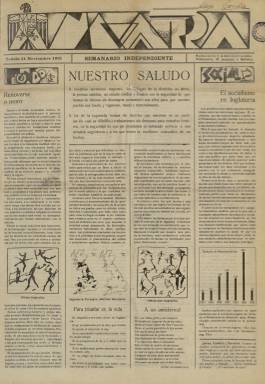
Título: Navarra (Tudela)
Colección: Periódicos
Ámbito geográfico: Navarra
Lugar de publicación: Tudela
Fechas: 14/11/1931-11/08/1934

Semanario de ideario conservador y católico editado durante los años de la II República en la comarca de la Ribera navarra que era redactado casi en su totalidad por los hermanos José María y Jesús Luis Iribarren. El primero de ellos, que tenía solo 25 años cuando nació la publicación, pasa en opinión de varios autores por ser el escritor navarro más leído y editado durante el siglo XX.

   La publicación tenía periodicidad semanal y su paginación nunca superó las 12 páginas. Muchos de los números sólo se editaron con cuatro páginas.

  El semanario contaba con ilustraciones realizadas en su mayoría por el propio José María Iribarren, quien además de escribir era dibujante. Sus viñetas y caricaturas contribuían a dar a la publicación un aire atrayente. Aparte de su contenido doctrinal y político, el periódico le sirvió a Iribarren para curtirse en el oficio de escritor. Escribió reportajes y artículos de costumbres o filológicos que fueron luego el tema de muchos de sus libros.

  En lo que respecta al aspecto político, en el primer número de 14 de noviembre de 1931 se puede leer lo que era la declaración de propósitos de la publicación: ‘Somos católicos y navarros y somos, además, jóvenes. Respondemos por lo tanto a ese clamor general: Gente nueva Procedimientos nuevos. Pero ello no quiere decir que no reclamemos la asistencia de cuantos pueden colaborar en nuestros empeños. Proclamemos la necesidad de una actuación popular, de una sana democracia encauzada y dirigida por minorías selectas y capacitadas a las que corresponde esa noble y elevada misión, a fin de evitar desbordamientos y extravíos funestos’.

   También hay en la portada un saludo a los colegas de la prensa católica y otro irónico a los de la izquierda, en la que se les advierte de que ‘trabajaremos sin descanso para restarles lectores, en la seguridad de que así prestamos un señalado servicio a sus actuales seguidores y a los que tienen la excelente costumbre de no leerles’.

     Durante el golpe de Estado de julio de 1936, Iribarren, que era licenciado en Derecho aparte de periodista, fue secretario particular del general Emilio Mola, el cabecilla del alzamiento en Navarra. Posteriormente fue alférez del Cuerpo Jurídico Militar.

  En 1970, al final de su vida, recordando sus artículos en el periódico Navarra, de Tudela, José María Iribarren reconocía con sinceridad: ‘Los compuse en los años de la República…en aquellos tiempos tan agitados por las luchas políticas mis breves desahogos literarios cayeron en el más hondo vacío y en la más absoluta indiferencia’.

   Entre los numerosos libros escritos por este autor navarro destaca ‘El porqué de los dichos. Sentido, origen y anécdota de los dichos, modismos y frases proverbiales de España con otras muchas curiosidades’, obra que fue publicada en 1955.

  Sobre la publicación Navarra, de Tudela, hizo un estudio detallado el escritor e historiador Ricardo Ollaquindia que puede consultarse ‘on line’.

[Descripción publicada el 17/08/2022]